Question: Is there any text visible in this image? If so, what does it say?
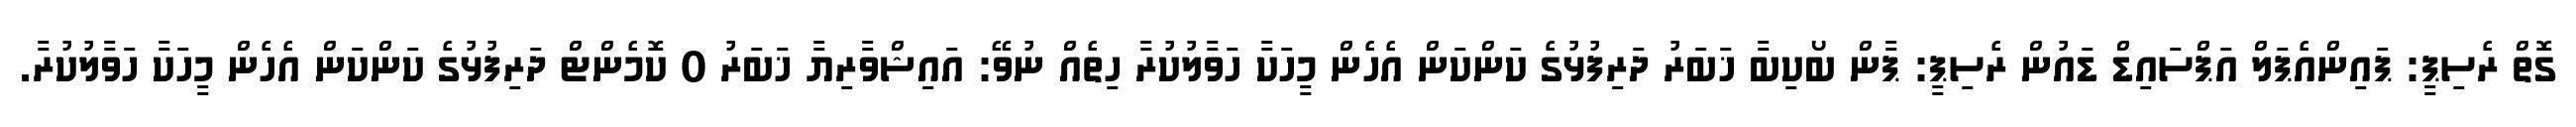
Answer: ގޮތް ރެސިޕީ: ޕައިންއެޕަލް އަޕްސައިޑް ޑައުން ރެސިޕީ: ޕާން ބޯކިބާ ޚަބަރު ދަރިފުޅުގެ ކަންކަން އެހެން މީހަކާ ހަވާލުކުރާ ހިތެއް ނުވޭ: އައިޝްވާރިޔާ ޚަބަރު 0 ކޮމެންޓް ދަރިފުޅުގެ ކަންކަން އެހެން މީހަކާ ހަވާލުކުރާ.